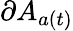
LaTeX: \partial A_{a(t)}